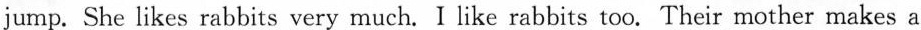
jump. She likes rabbits very much. I like rabbits too. Their mother makes a